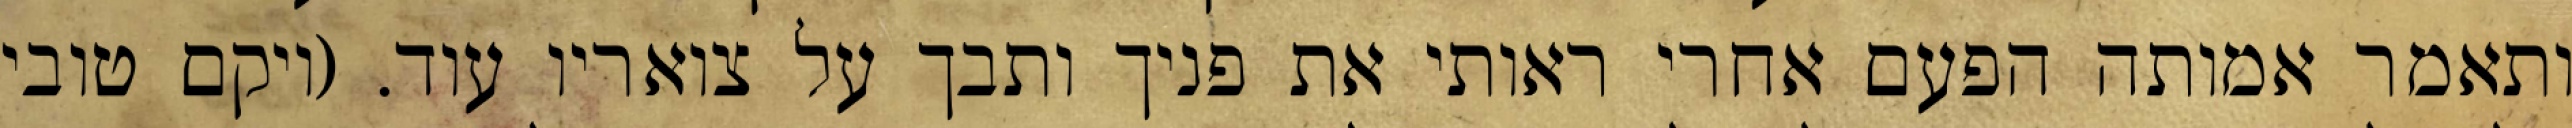
ותאמר אמותה הפעם אחרי ראותי את פניך ותבך על צואריו עוד. (ויקם טובי